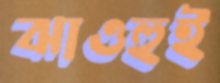
ঝাওহুই